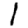
Digit: 1